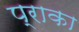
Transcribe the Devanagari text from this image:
प्राका